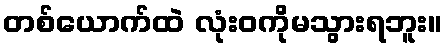
တစ်ယောက်ထဲ လုံးဝကိုမသွားရဘူး။